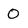
Character: 0